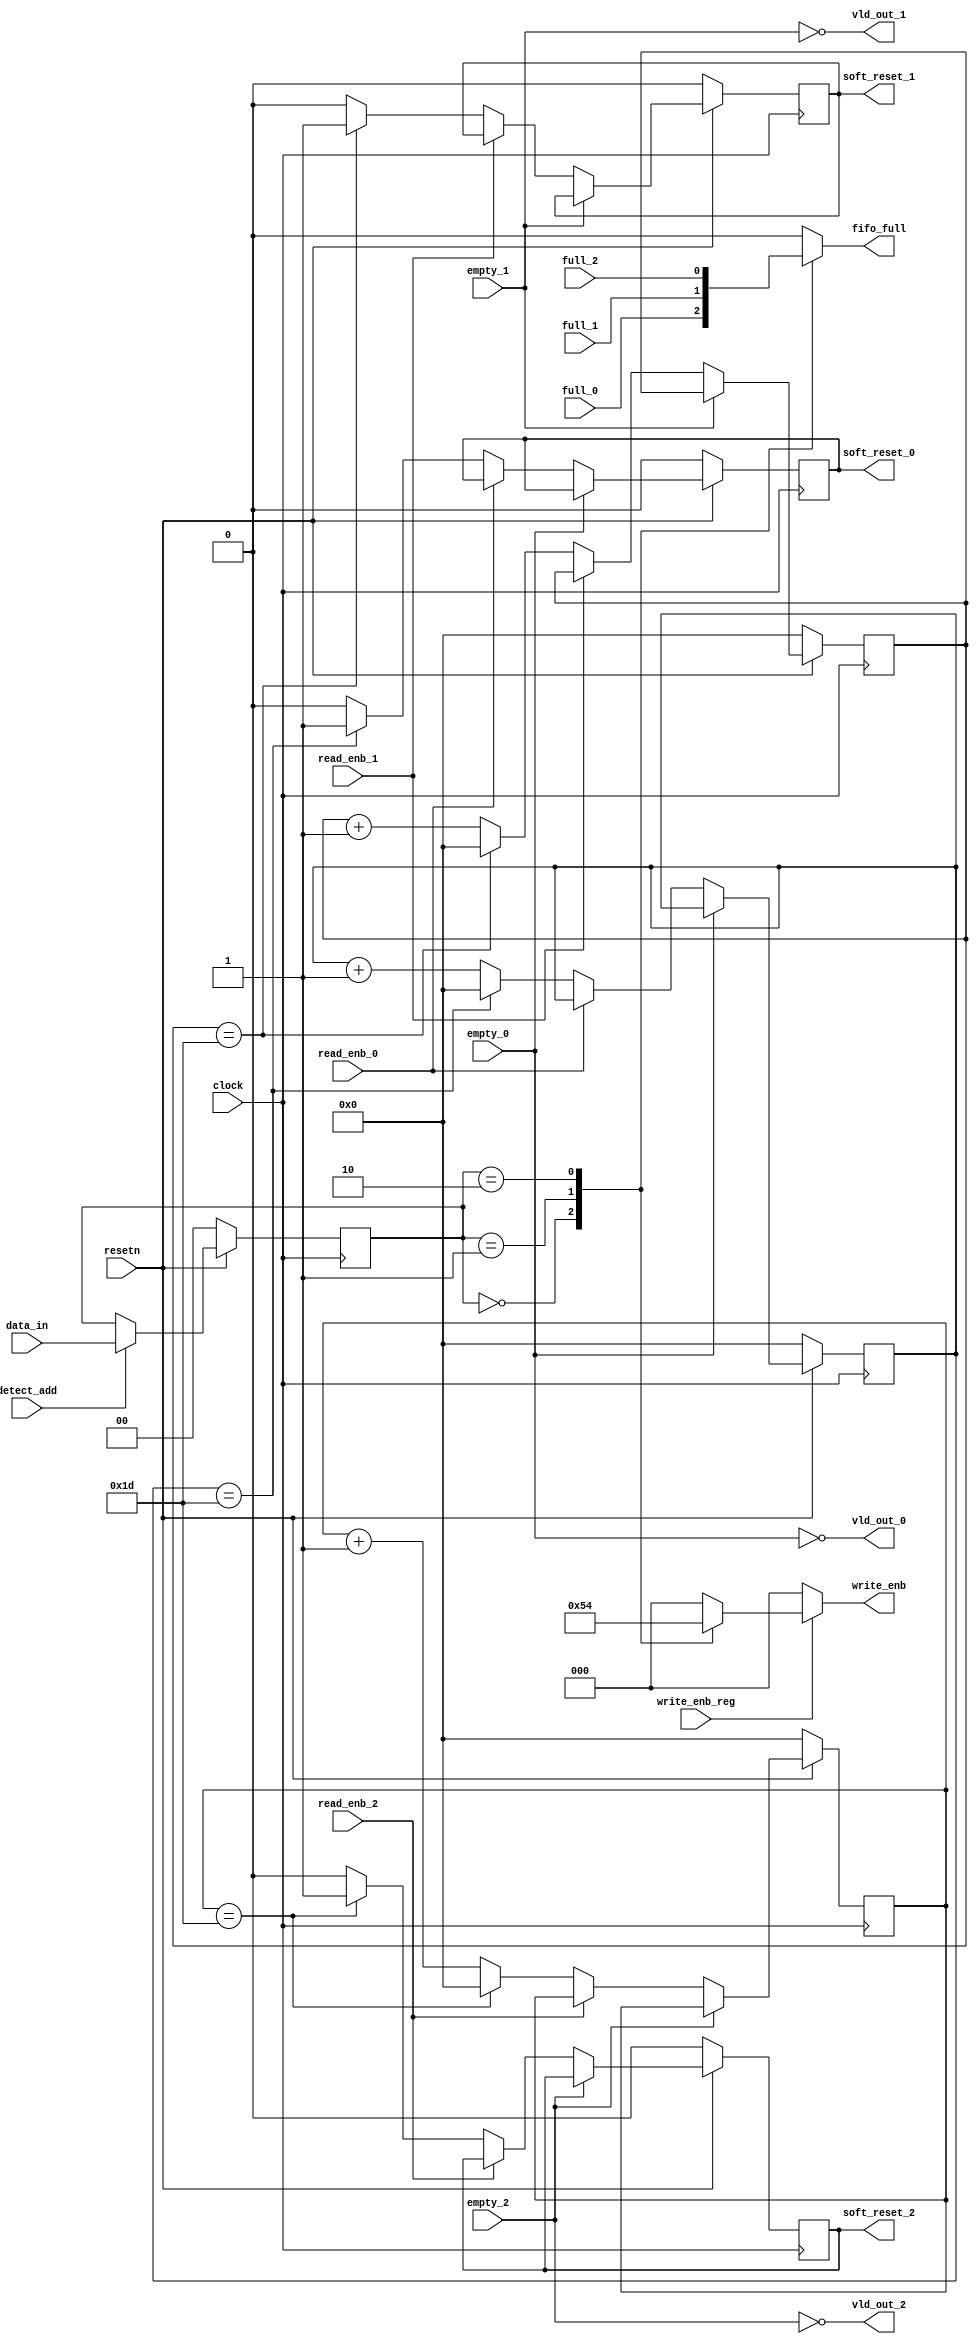
module router_sync( input
clock,resetn,detect_add,write_enb_reg,read_enb_0,read_enb_1,read_enb_2,empty_0,empty_1,empty_2,full_0,full_1,full_2,
input [1:0]data_in,
output wire vld_out_0,vld_out_1,vld_out_2, 
output reg [2:0]write_enb,
output reg fifo_full, soft_reset_0,soft_reset_1,soft_reset_2);

reg [4:0] timer_0, timer_1, timer_2; 
reg [1:0] int_addr_reg;

//timer_0 and soft_reset_0 logic 
always@(posedge clock)
begin 
if(~resetn) 
begin
timer_0<=0; 
soft_reset_0<=0; 
end
else if(vld_out_0) 
begin
if(!read_enb_0) 
begin
if(timer_0==5'd29)
begin
soft_reset_0<=1'b1; 
timer_0<=0;
end

else
 begin
begin
soft_reset_0<=0;
timer_0<=timer_0+1'b1; 
end
end
end 
end
end

//timer_1 and soft_reset_1 logic 
always@(posedge clock)
begin
if(~resetn) 
begin
timer_1<=0;
soft_reset_1<=0; 
end
else if(vld_out_1)
begin
if(!read_enb_1) 
begin
if(timer_1==5'd29) 
begin
soft_reset_1<=1'b1;
timer_1<=0; 
end
else 
begin
begin
soft_reset_1<=0;
timer_1<=timer_1+1'b1; 
end
end
end
end
end

//timer_2 and soft_reset_2 logic 
always@(posedge clock)
begin 
if(~resetn) 
begin
timer_2<=0; 
soft_reset_2<=0; 
end
else if(vld_out_2) 
begin
if(!read_enb_2) 
begin
if(timer_2==5'd29) 
begin
soft_reset_2<=1'b1; 
timer_2<=0;
end
else 
begin
begin
soft_reset_2<=0;
timer_2<=timer_2+1'b1; 
end
end
end
end
end

//int_addr_reg logic
always@(posedge clock)
begin
if (~resetn) 
int_addr_reg<=0;
else if(detect_add) 
int_addr_reg<=data_in;
end

//write enb logic 
always@(*)
begin
write_enb = 3'b000; 
if(write_enb_reg) 
begin
case(int_addr_reg)
2'b00 : write_enb = 3'b001; 
2'b01 : write_enb = 3'b010; 
2'b10 : write_enb = 3'b100; 
default:write_enb = 3'b000; 
endcase
end 
end

//fifo_full logic 
always@(*)
begin
case(int_addr_reg)
 2'b00 : fifo_full = full_0; 
2'b01 : fifo_full = full_1; 
2'b10 : fifo_full = full_2; 
default:fifo_full = 1'b0; 
endcase
end

assign vld_out_0 = ~empty_0; 
assign vld_out_1 = ~empty_1; 
assign vld_out_2 = ~empty_2; 
endmodule